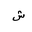
Letter: _shin